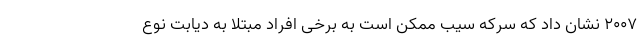
2007 نشان داد که سرکه سیب ممکن است به برخی افراد مبتلا به دیابت نوع